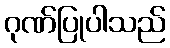
ဂုဏ်ပြုပါသည်